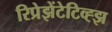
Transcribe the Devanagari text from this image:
रिप्रेझेंटेटिव्ह्झ